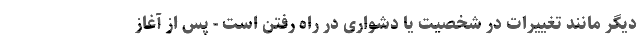
دیگر مانند تغییرات در شخصیت یا دشواری در راه رفتن است - پس از آغاز